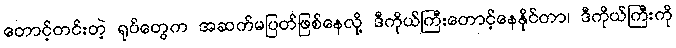
တောင့်တင်းတဲ့ ရုပ်တွေက အဆက်မပြတ်ဖြစ်နေလို့ ဒီကိုယ်ကြီးတောင့်နေနိုင်တာ၊ ဒီကိုယ်ကြီးကို